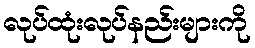
လုပ်ထုံးလုပ်နည်းများကို